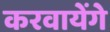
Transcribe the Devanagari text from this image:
करवायेंगे